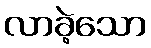
လာခဲ့သော